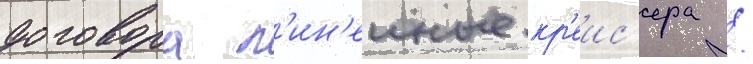
договора л'ин'еиные кр'еис'ера /